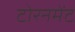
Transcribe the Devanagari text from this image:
टोरनमेंट